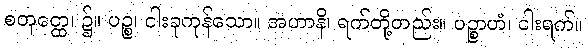
စတုတ္ထေ၊ ၌။ ပဉ္စ၊ ငါးခုကုန်သော။ အဟာနိ၊ ရက်တို့တည်း။ ပဉ္စာဟံ၊ ငါးရက်။